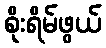
စိုးရိမ်ဖွယ်